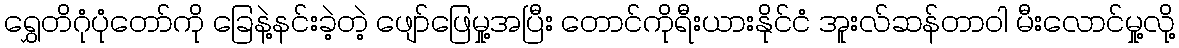
ရွှေတိဂုံပုံတော်ကို ခြေနဲ့နင်းခဲ့တဲ့ ဖျော်ဖြေမှု့အပြီး တောင်ကိုရီးယားနိုင်ငံ အူးလ်ဆန်တာဝါ မီးလောင်မှု့လို့